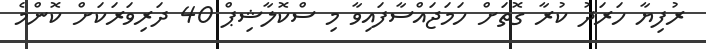
ރުފިޔާ ހަރަދު ކުރާ ގޮތަށް ހަމަޖައްސާފައިވާ މި ސްކޮލާޝިޕް 40 ދަރިވަރަކަށް ކޮންމެ